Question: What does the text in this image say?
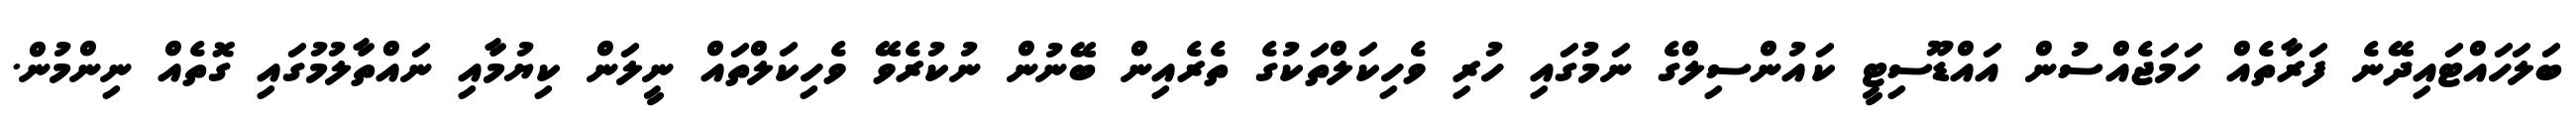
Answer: ބަލަހައްޓައިދޭނެ ފަރާތެއް ހަމަޖެއްސުން އައްޑޫސިޓީ ކައުންސިލްގެ ނަމުގައި ހުރި ވެހިކަލްތަކުގެ ތެރެއިން ބޭނުން ނުކުރެވޭ ވެހިކަލްތައް ނީލަން ކިޔުމާއި ނައްތާލުމުގައި ގޮތެއް ނިންމުން.